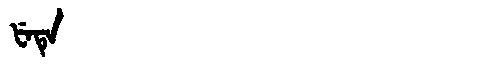
Manchu: ᡶᡝᡨᡝ
Romanization: FETE